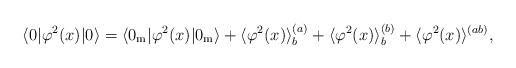
LaTeX: \begin{align*}\langle 0|\varphi ^{2}(x)|0\rangle =\langle0_{{\mathrm{m}}}|\varphi ^{2}(x)|0_{{\mathrm{m}}}\rangle +\langle\varphi ^{2}(x)\rangle _b^{(a)} + \langle \varphi ^{2}(x)\rangle_b^{(b)}+\langle \varphi ^{2}(x)\rangle ^{(ab)},\end{align*}